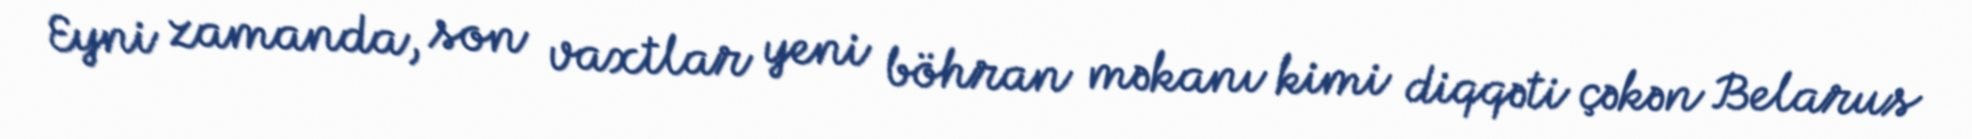
Eyni zamanda, son vaxtlar yeni böhran məkanı kimi diqqəti çəkən Belarus